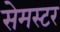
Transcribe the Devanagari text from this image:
सेमस्टर